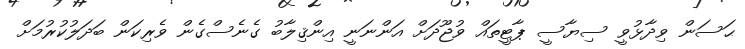
ޙަސަން ވިދާޅުވީ ސިޔާސީ ޕާޓީތައް ވުޖޫދަށް އަންނަނީ އިންޤިލާބު ގެނެސްގެން ވެރިކަން ބަދަލުކުރުމަށް